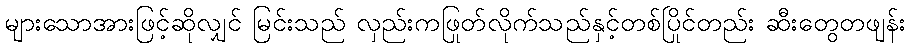
များသောအားဖြင့်ဆိုလျှင် မြင်းသည် လှည်းကဖြုတ်လိုက်သည်နှင့်တစ်ပြိုင်တည်း ဆီးတွေတဖျန်း